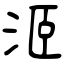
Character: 洍